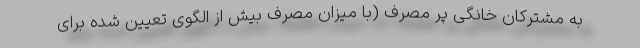
به مشترکان خانگی پر مصرف (با میزان مصرف بیش از الگوی تعیین شده برای